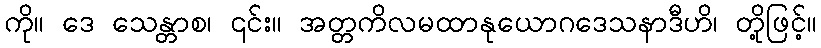
ကို။ ဒေ သေန္တာစ၊ ၎င်း။ အတ္တကိလမထာနုယောဂဒေသနာဒီဟိ၊ တို့ဖြင့်။